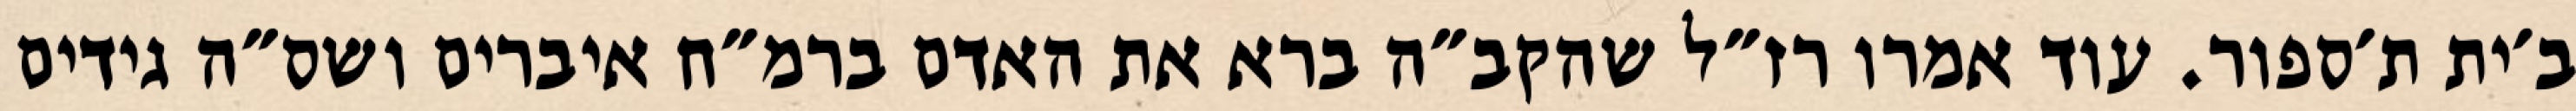
ב׳ית ת׳ספור. עוד אמרו רז״ל שהקב״ה ברא את האדם ברמ״ח איברים ושס״ה גידים